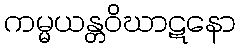
ကမ္မယန္တဝိဃာဋနော